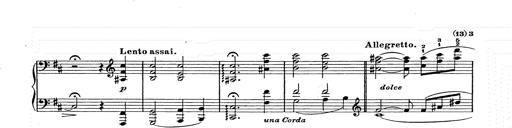
Title: Ballade No.2
Composer: Jan Skrzydlewski
Key: B minor